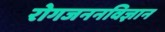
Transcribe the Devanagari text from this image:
रोगजननविज्ञान